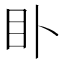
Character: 𥃨